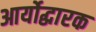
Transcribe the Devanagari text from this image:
आर्योद्धारक